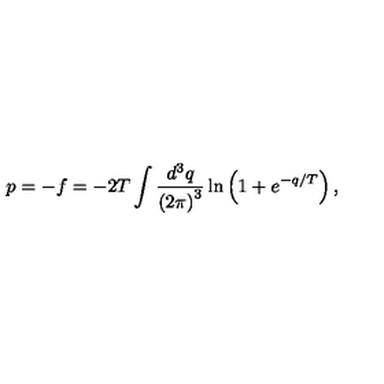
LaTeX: p = - f = - 2 T \int \frac { d ^ { 3 } q } { \left( 2 \pi \right) ^ { 3 } } \ln \left( 1 + e ^ { - q / T } \right) ,